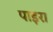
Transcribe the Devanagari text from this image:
पाइरा